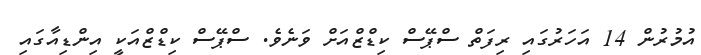
އުމުރުން 14 އަހަރުގައި ރިފަތް ސްޕޭސް ކިޑްޒްއަށް ވަނެވެ. ސްޕޭސް ކިޑްޒްއަކީ އިންޑިއާގައި